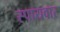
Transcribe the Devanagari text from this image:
स्पायवार